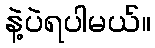
နဲ့ပဲရပါမယ်။